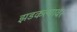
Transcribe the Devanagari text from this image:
झडकल्यावर